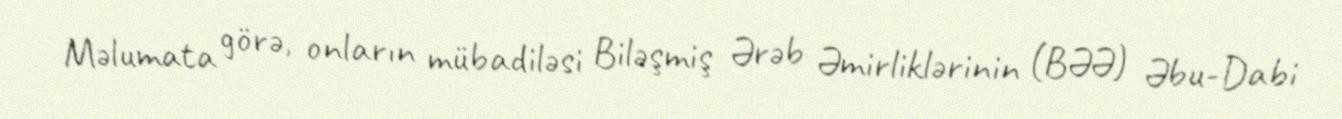
Məlumata görə, onların mübadiləsi Biləşmiş Ərəb Əmirliklərinin (BƏƏ) Əbu-Dabi